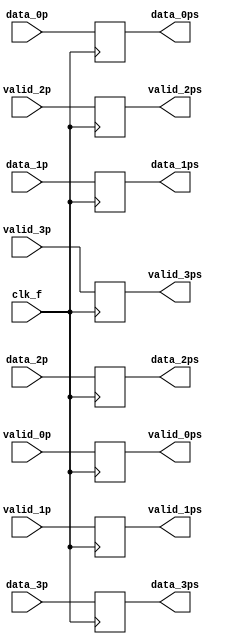
module etapaflops1( output reg [7:0] data_0ps, data_1ps, 
		    output reg [7:0] data_2ps, data_3ps,
		    output reg 	     valid_0ps, valid_1ps,
		    output reg 	     valid_2ps, valid_3ps,
		    input wire [7:0] data_0p, data_1p,
		    input wire [7:0] data_2p, data_3p,
		    input wire 	     valid_0p, valid_1p,
		    input wire 	     valid_2p, valid_3p, clk_f );

   always @( posedge clk_f ) begin
      data_0ps <= data_0p;
      data_1ps <= data_1p;
      data_2ps <= data_2p;
      data_3ps <= data_3p;
      valid_0ps <= valid_0p;
      valid_1ps <= valid_1p;
      valid_2ps <= valid_2p;
      valid_3ps <= valid_3p;
   end
   
endmodule // etapaflops1